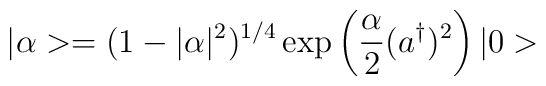
|\alpha> = (1-|\alpha|^2)^{1/4} \exp \left( \frac{\alpha}{2} (a^{\dagger})^2 \right) |0>